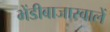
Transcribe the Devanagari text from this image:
भेंडीबाजारवालें